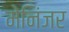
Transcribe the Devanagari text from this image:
मेनिंजर